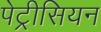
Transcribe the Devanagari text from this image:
पेट्रीसियन